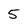
Character: 5